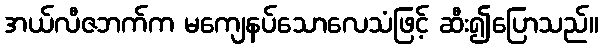
အယ်လီဇဘက်က မကျေနပ်သောလေသံဖြင့် ဆီး၍ပြောသည်။